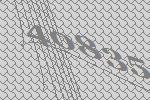
40835